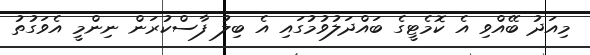
މިއަދު ބޭއްވި އެ ކޮމެޓީގެ ބައްދަލުވުމުގައި އެ ބިލު ފާސްކުރަން ނިންމީ އެވަގުތު